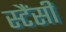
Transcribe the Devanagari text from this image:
स्टैंसी